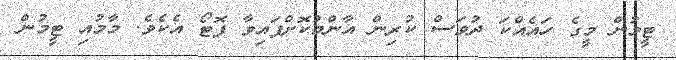
ޓީމުން މީގެ ހައެއްކަ ދުވަސް ކުރިން އާންމުކޮށްފައިވާ ފޮޓޯ އެކެވެ. މާމުއި ޓީމުން